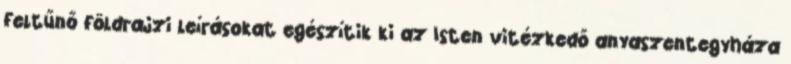
feltűnő földrajzi leírásokat egészítik ki az Isten vitézkedő anyaszentegyháza